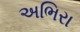
અભિરા